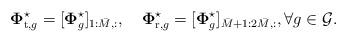
LaTeX: \begin{align*} \mathbf{\Phi}_{\mathrm{t}, g}^\star = [\mathbf{\Phi}_{g}^\star]_{1:\bar{M},:}, ~~~ \mathbf{\Phi}_{\mathrm{r}, g}^\star = [\mathbf{\Phi}_{g}^\star]_{\bar{M} + 1 : 2\bar{M},:}, \forall g \in \mathcal{G}. \end{align*}